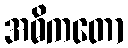
အဓိကတော